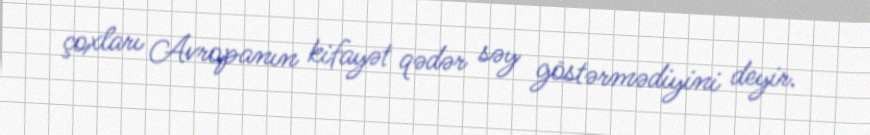
çoxları Avropanın kifayət qədər səy göstərmədiyini deyir.